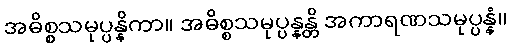
အဓိစ္စသမုပ္ပန္နိကာ။ အဓိစ္စသမုပ္ပန္နန္တိ အကာရဏသမုပ္ပန္နံ။